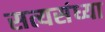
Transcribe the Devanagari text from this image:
सत्यसंध्या